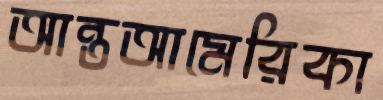
আন্তআমেরিকা